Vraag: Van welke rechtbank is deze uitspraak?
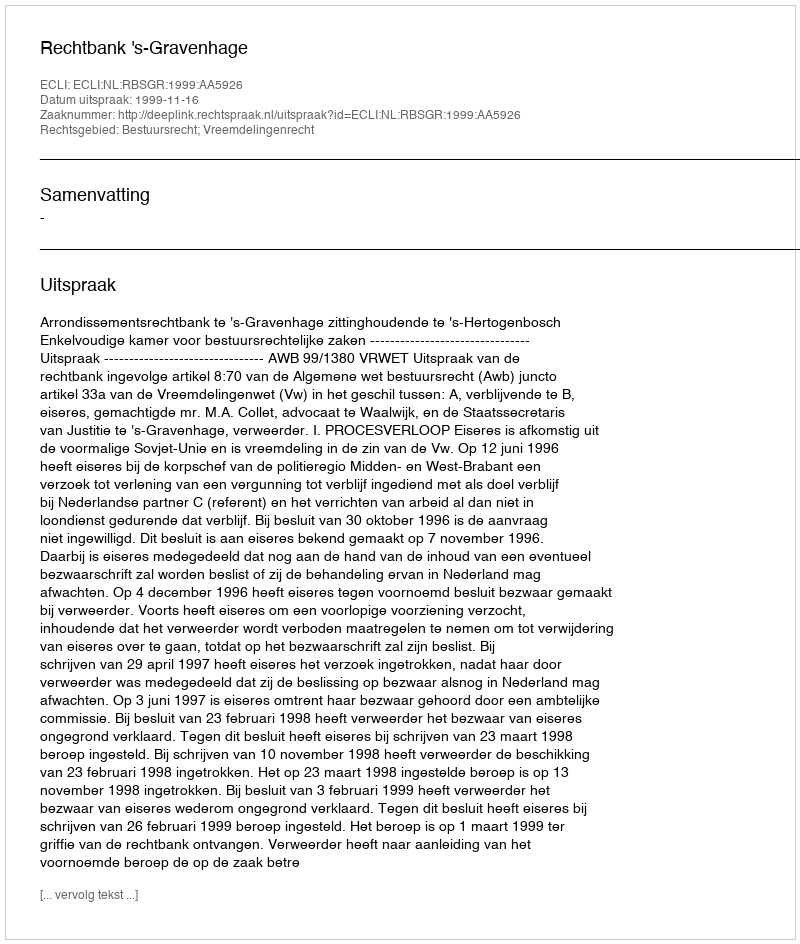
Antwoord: Rechtbank 's-Gravenhage